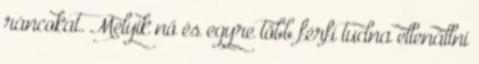
ráncokat. Melyik nő és egyre több férfi tudna ellenállni